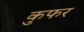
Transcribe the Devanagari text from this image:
कुफर